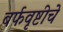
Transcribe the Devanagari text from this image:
बर्फवृष्टीचे